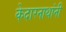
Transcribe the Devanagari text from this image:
केदारनाथांनी